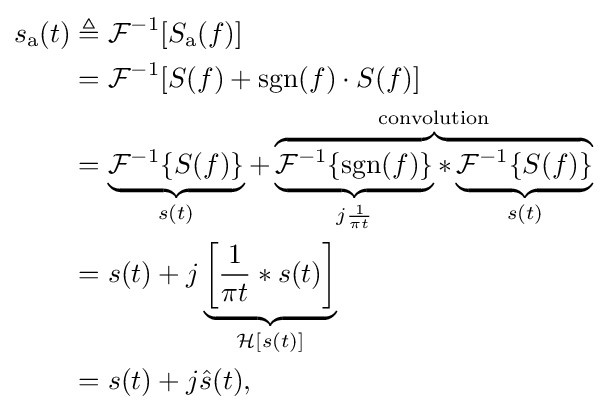
{\begin{aligned}s_{\mathrm {a} }(t)&\triangleq {\mathcal {F}}^{-1}[S_{\mathrm {a} }(f)]\\&={\mathcal {F}}^{-1}[S(f)+\operatorname {sgn} (f)\cdot S(f)]\\&=\underbrace {{\mathcal {F}}^{-1}\{S(f)\}} _{s(t)}+\overbrace {\underbrace {{\mathcal {F}}^{-1}\{\operatorname {sgn} (f)\}} _{j{\frac {1}{\pi t}}}*\underbrace {{\mathcal {F}}^{-1}\{S(f)\}} _{s(t)}} ^{\text{convolution}}\\&=s(t)+j\underbrace {\left[{1 \over \pi t}*s(t)\right]} _{\operatorname {\mathcal {H}} [s(t)]}\\&=s(t)+j{\hat {s}}(t),\end{aligned}}